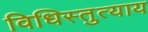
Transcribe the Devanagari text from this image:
विधिस्तुत्याय